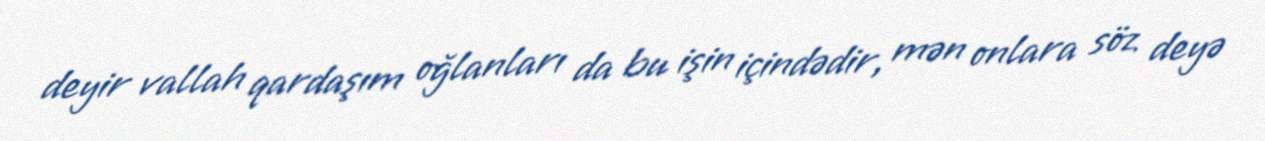
deyir vallah qardaşım oğlanları da bu işin içindədir, mən onlara söz deyə